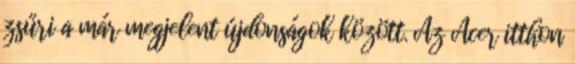
zsűri a már megjelent újdonságok között. Az Acer itthon